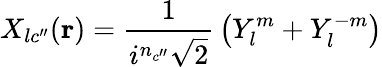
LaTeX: X_{lc^{\prime\prime}}(\mathbf{r})={\frac{1}{i^{n_{c^{\prime\prime}}}{\sqrt{2}}}}\left(Y_{l}^{m}+Y_{l}^{-m}\right)